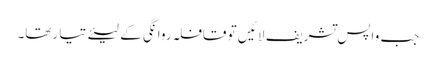
جب واپس تشریف لا ئیں تو قافلہ روا نگی کے لیئے تیا رتھا۔